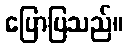
ပြောပြသည်။